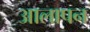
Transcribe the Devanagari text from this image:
आलापन